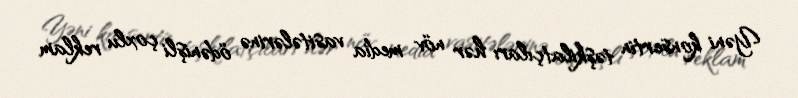
Yəni konsertin təşkilatçıları hər növ media vasitələrinə ödənişli çoxlu reklam